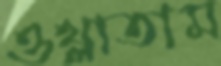
ওথ্‌লাতাম